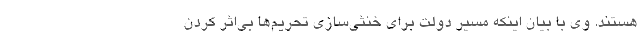
هستند. وی با بیان اینکه مسیر دولت برای خنثی‌سازی تحریم‌ها بی‌اثر کردن